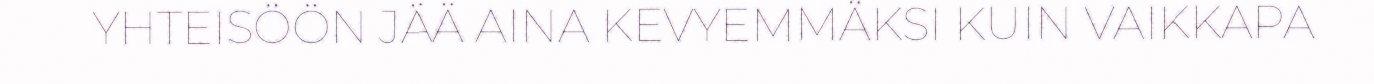
YHTEISÖÖN JÄÄ AINA KEVYEMMÄKSI KUIN VAIKKAPA